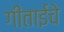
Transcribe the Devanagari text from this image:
गीताईचे